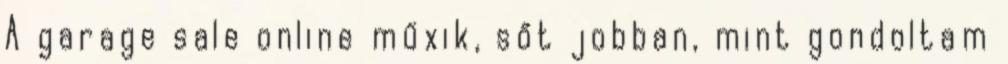
A garage sale online műxik, sőt jobban, mint gondoltam